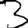
Digit: 3